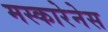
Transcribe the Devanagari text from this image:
मस्कारेनेस